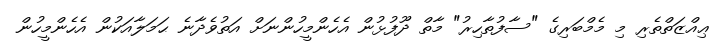
ޢިއްޒަތްތެރި މި މެމްބަރިގެ "ސާފުތާހިރު" މާތް ދޫފުޅުން އެހެންމީހުންނަށް އަތުވެދާނެ ޙަމަލާއަކުން އެހެންމީހުން